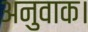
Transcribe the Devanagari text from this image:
अनुवाक।